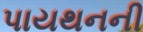
પાયથનની